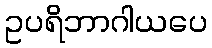
ဥပရိဘာဂါယပေ